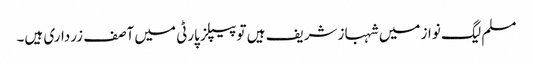
مسلم لیگ نواز میں شہباز شریف ہیں تو پیپلز پارٹی میں آصف زرداری ہیں۔